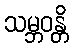
သမ္ဘဝန္တိ